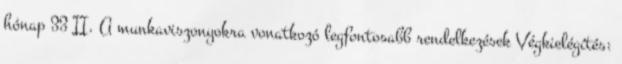
hónap 33 II. A munkaviszonyokra vonatkozó legfontosabb rendelkezések Végkielégítés: